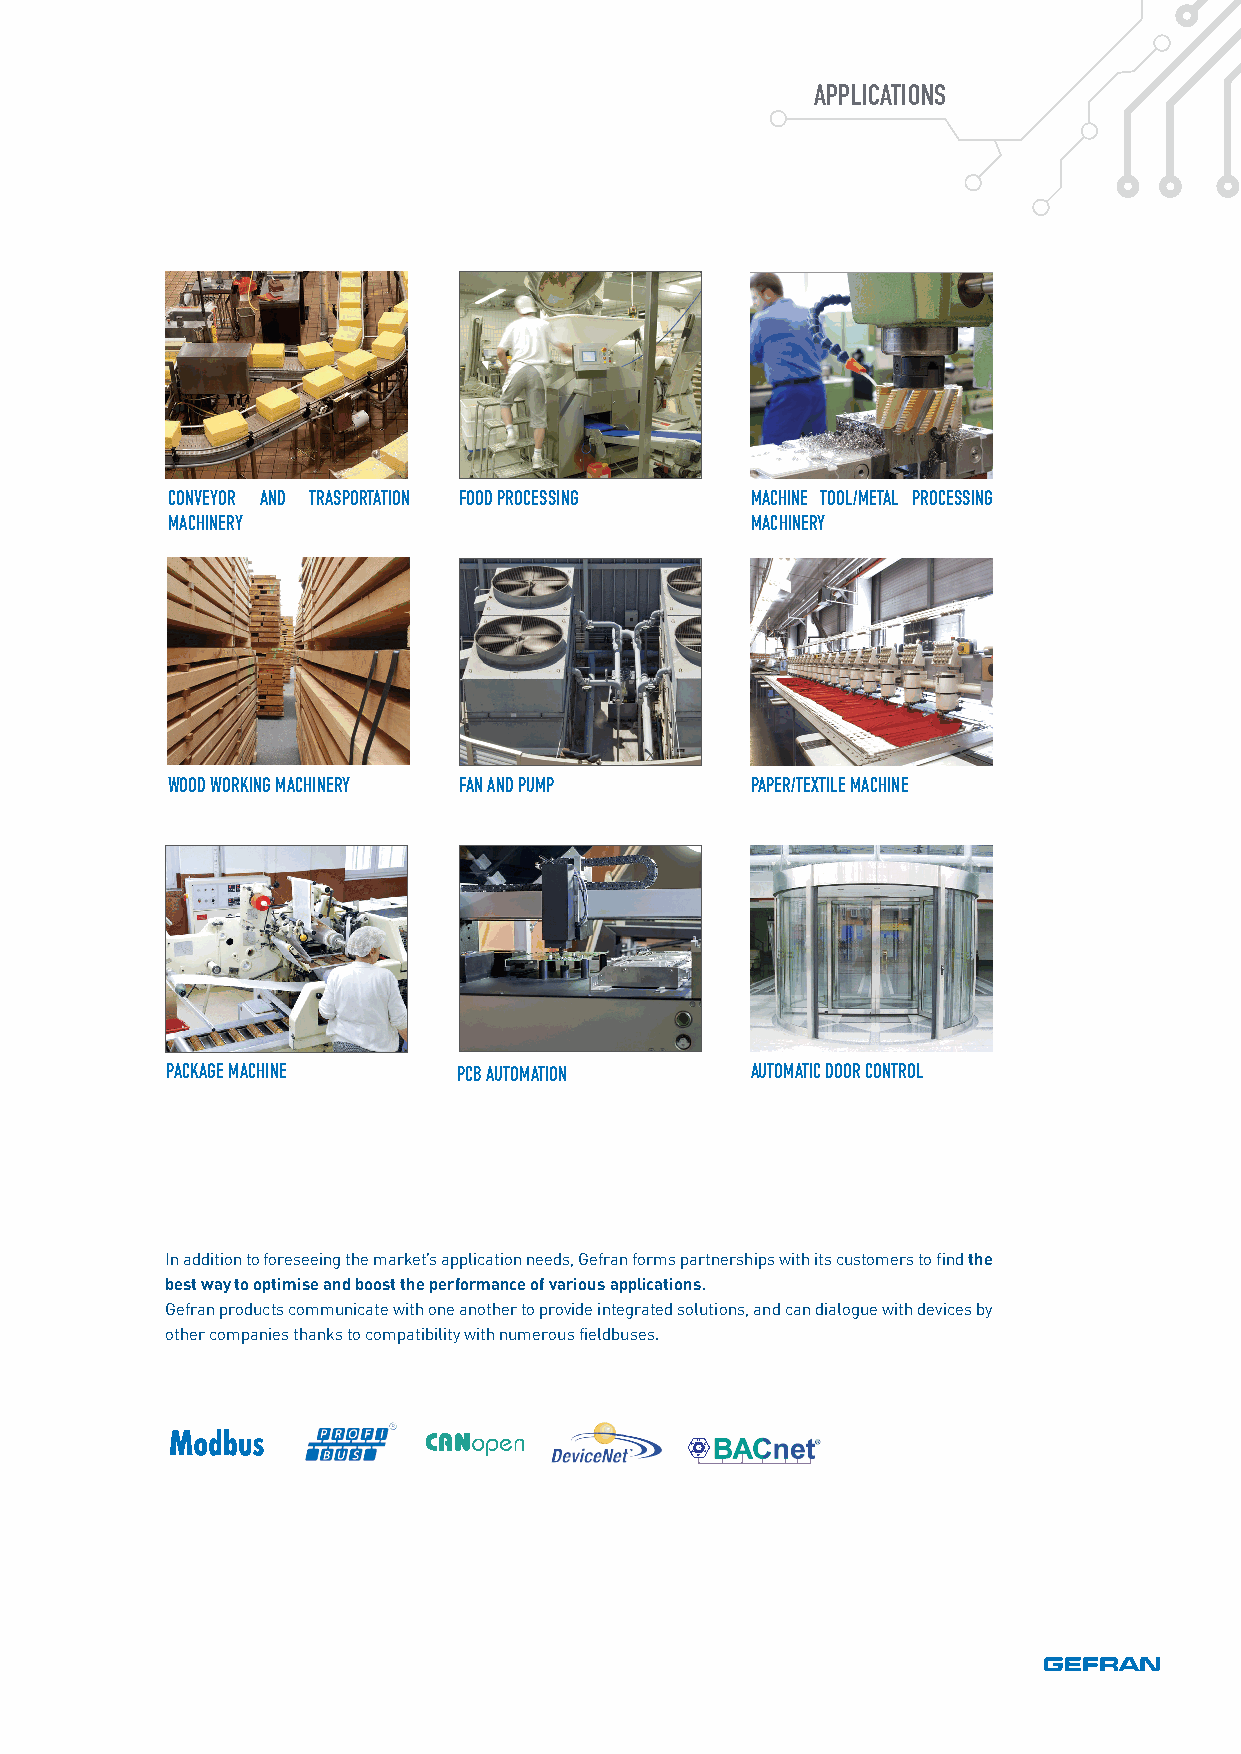
APPLICATIONS
 CONVEYOR AND TRASPORTATION FOOD PROCESSING MACHINE TOOL/METAL PROCESSING
 MACHINERY                              MACHINERY
 WOOD WORKING MACHINERY FAN AND PUMP    PAPER/TEXTILE MACHINE
 PACKAGE MACHINE    PCB AUTOMATION      AUTOMATIC DOOR CONTROL
 In addition to foreseeing the market’s application needs, Gefran forms partnerships with its customers to find the
 best way to optimise and boost the performance of various applications.
 Gefran products communicate with one another to provide integrated solutions, and can dialogue with devices by
 other companies thanks to compatibility with numerous fieldbuses.